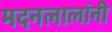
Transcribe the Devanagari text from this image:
मदनलालांनी